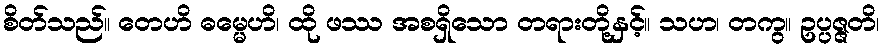
စိတ်သည်။ တေဟိ ဓမ္မေဟိ၊ ထို ဖဿ အစရှိသော တရားတို့နှင့်။ သဟ၊ တကွ။ ဥပ္ပဇ္ဇတိ၊